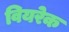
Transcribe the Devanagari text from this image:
वियरेक